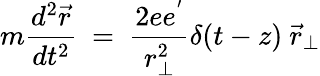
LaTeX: m{\frac{d^{2}\vec{r}}{dt^{2}}}~=~{\frac{2ee^{'}}{r_{\perp}^{2}}}\delta(t-z){}~{\vec{r}}_{\perp}